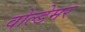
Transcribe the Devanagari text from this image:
वोल्डेमर